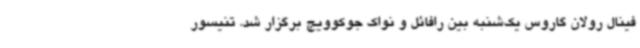
فینال رولان گاروس یک‌شنبه بین رافائل و نواک جوکوویچ برگزار شد. تنیسور